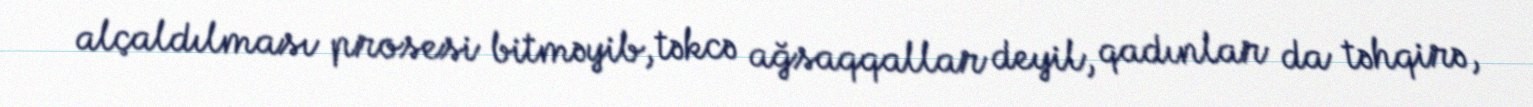
alçaldılması prosesi bitməyib, təkcə ağsaqqallar deyil, qadınlar da təhqirə,